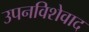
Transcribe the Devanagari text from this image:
उपनविशेवाद